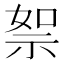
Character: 𥙦